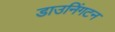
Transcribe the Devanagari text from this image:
डाउनिंगटन